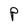
Character: P